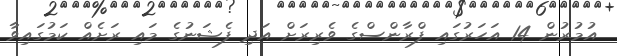
އުމުރުން 14 އަހަރުގައި ފްރާންސްގެ ވެރިރަށް އަދި ފެޝަނުގެ މައި ރަށެއް ކަމުގައިވާ